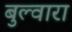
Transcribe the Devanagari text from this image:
बुल्वारा